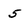
Character: 5